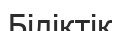
Біліктік